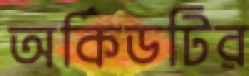
অর্কিডটির